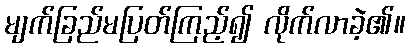
မျက်ခြည်မပြတ်ကြည့်၍ လိုက်လာခဲ့၏။